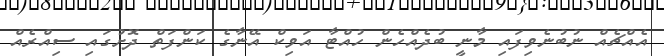
އެއްޗެއް ނުބުނެވިފައި މާނީ ބުދެއްހެން ހުއްޓާ އަވިކް އޭނާގެ ކަންފަތް ދޮށުގައި ސިއްރެއް